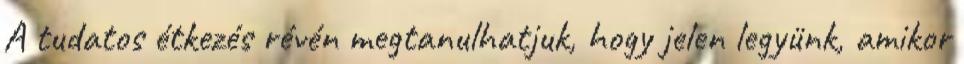
A tudatos étkezés révén megtanulhatjuk, hogy jelen legyünk, amikor